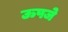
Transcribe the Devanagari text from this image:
ऊपजे